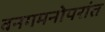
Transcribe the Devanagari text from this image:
वनगमनोपरांत